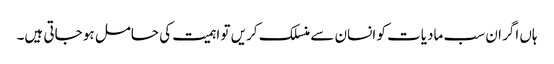
ہاں اگر ان سب مادیات کو انسان سے منسلک کریں تو اہمیت کی حامل ہو جاتی ہیں۔